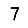
Digit: 7